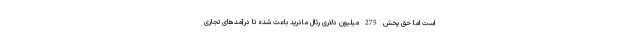
است اما حق پخش 275 میلیون دلاری رئال مادرید باعث شده تا درآمدهای تجاری